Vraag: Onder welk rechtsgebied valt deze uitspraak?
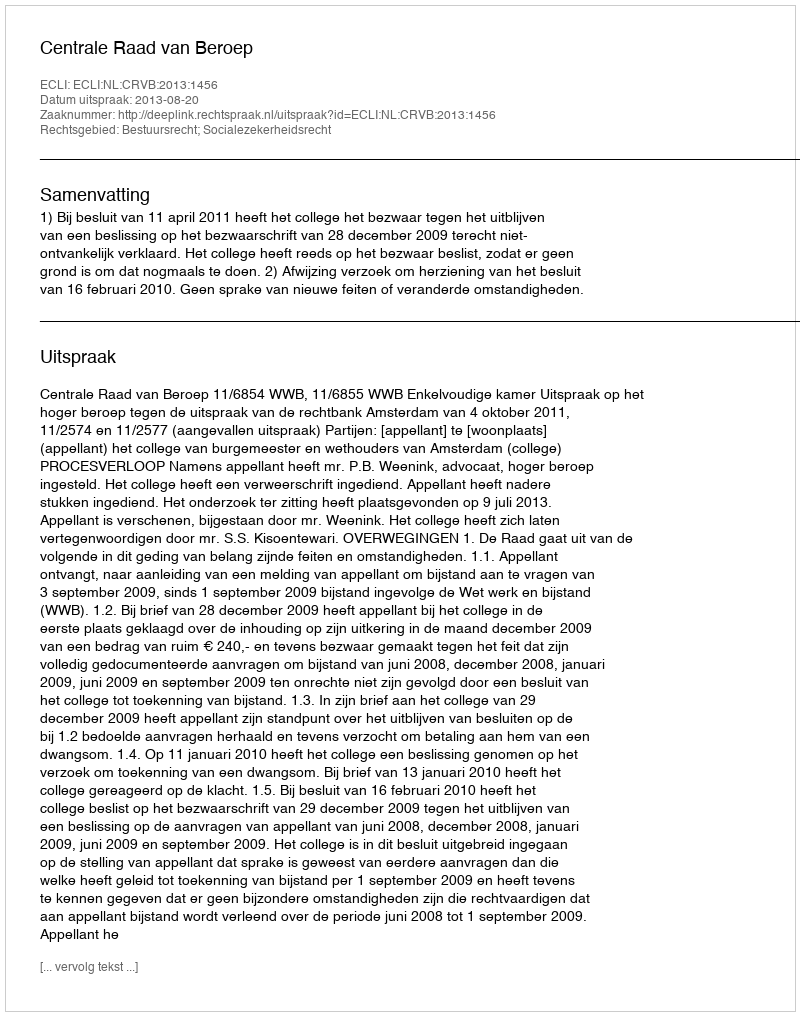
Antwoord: Bestuursrecht; Socialezekerheidsrecht